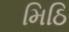
મિઠિ